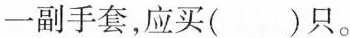
一副手套，应买( )只。